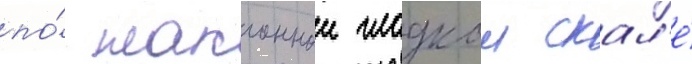
по́ наклоннои гладкои скал'е́